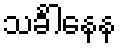
သင်္ခါနေန